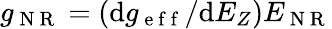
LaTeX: g_{\mathrm{~N~R~}}=(\mathrm{d}{g_{\mathrm{~e~f~f~}}}/\mathrm{d}{E_{Z}})E_{\mathrm{~N~R~}}